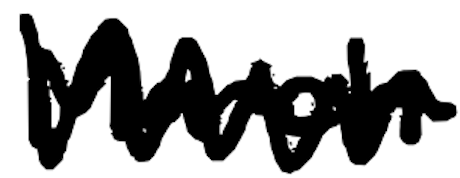
Text: March
Cross-out: zig-zag
Writing tool: digital_black